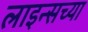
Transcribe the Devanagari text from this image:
लाइन्सच्या